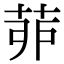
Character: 𦯄